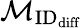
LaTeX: \mathcal{M}_{\textrm{ID}_{\textrm{diff}}}